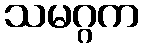
သမဂ္ဂက